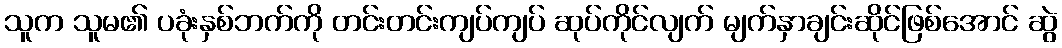
သူက သူမ၏ ပခုံးနှစ်ဘက်ကို တင်းတင်းကျပ်ကျပ် ဆုပ်ကိုင်လျက် မျက်နှာချင်းဆိုင်ဖြစ်အောင် ဆွဲ